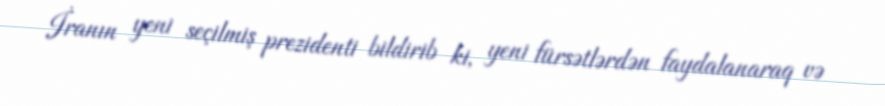
İranın yeni seçilmiş prezidenti bildirib ki, yeni fürsətlərdən faydalanaraq və